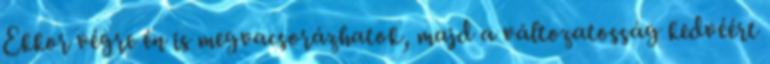
Ekkor végre én is megvacsorázhatok, majd a változatosság kedvéért